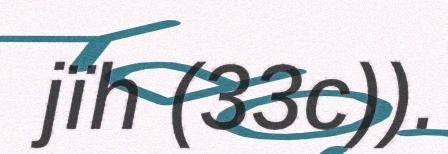
jïh (33c)).